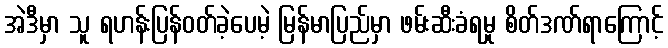
အဲဒီမှာ သူ ရဟန်းပြန်ဝတ်ခဲ့ပေမဲ့ မြန်မာပြည်မှာ ဖမ်းဆီးခံရမှု စိတ်ဒဏ်ရာကြောင့်